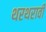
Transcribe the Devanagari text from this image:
थरथरावी